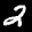
Label: 2